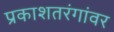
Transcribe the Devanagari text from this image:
प्रकाशतरंगांवर